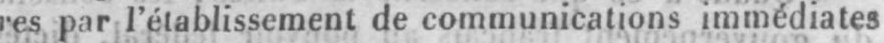
res par l’établissement de communications immédiates